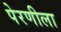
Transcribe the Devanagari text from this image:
पेरणीला